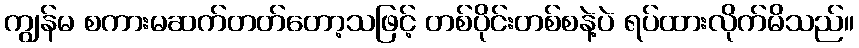
ကျွန်မ စကားမဆက်တတ်တော့သဖြင့် တစ်ပိုင်းတစ်စနဲ့ပဲ ရပ်ထားလိုက်မိသည်။